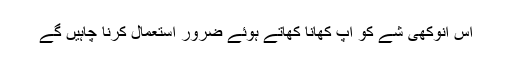
اس انوکھی شے کو آپ کھانا کھاتے ہوئے ضرور استعمال کرنا چاہیں گے